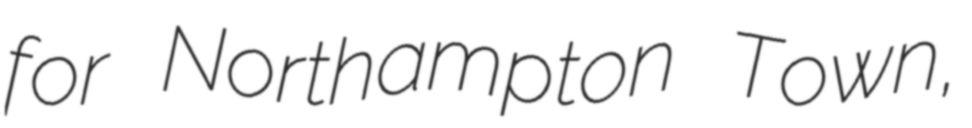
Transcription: for Northampton Town,